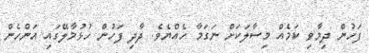
ފަހުން ދިމާވި ކަމެއް މިސާލަކަށް ނަގަމާ ހެއްޔެވެ. ދާދި ފަހުން ހުޅުމާލޭގައި އަންހެން